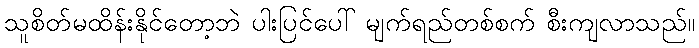
သူစိတ်မထိန်းနိုင်တော့ဘဲ ပါးပြင်ပေါ် မျက်ရည်တစ်စက် စီးကျလာသည်။